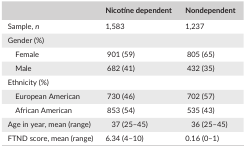
|  | Nicotine dependent | Nondependent |
 | --- | --- | --- |
 | Sample, n | 1,583 | 1,237 |
 | <COLSPAN=3> Gender (%) |
 | Female | 901 (59) | 805 (65) |
 | Male | 682 (41) | 432 (35) |
 | <COLSPAN=3> Ethnicity (%) |
 | European American | 730 (46) | 702 (57) |
 | African American | 853 (54) | 535 (43) |
 | Age in year, mean (range) | 37 (25–45) | 36 (25–45) |
 | FTND score, mean (range) | 6.34 (4–10) | 0.16 (0–1) |